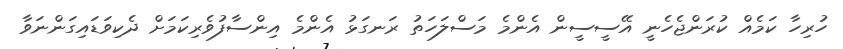
ހުރިހާ ކަމެއް ކުރަންޖެހެނީ އޭސީސީން އެންމެ މަސްލަހަތު ރަނގަޅު އެންމެ އިންސާފުވެރިކަމަށް ދެކިވަޑައިގަންނަވާ